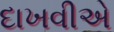
દાખવીએ